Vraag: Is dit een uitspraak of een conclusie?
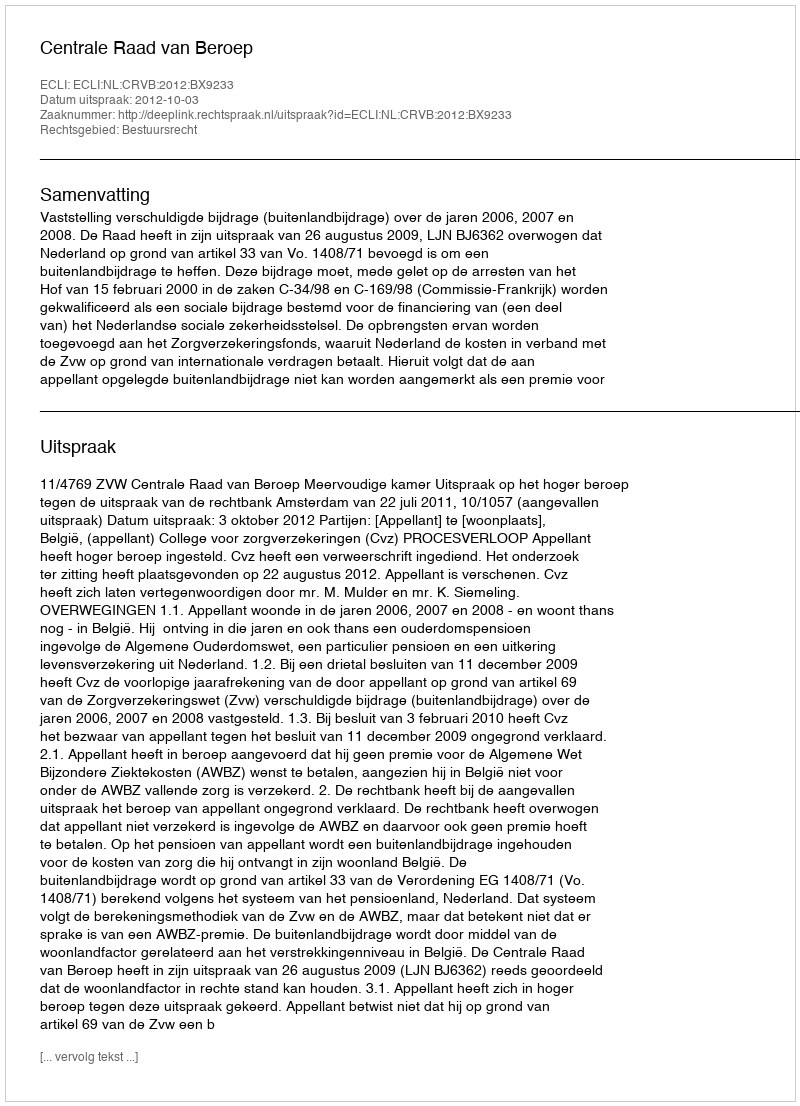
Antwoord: Uitspraak